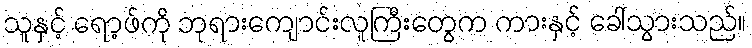
သူနှင့် ရော့ဖ်ကို ဘုရားကျောင်းလူကြီးတွေက ကားနှင့် ခေါ်သွားသည်။